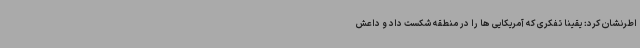
اطرنشان کرد: یقینا تفکری که آمریکایی ها را در منطقه شکست داد و داعش